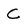
Character: C